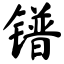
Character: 镨